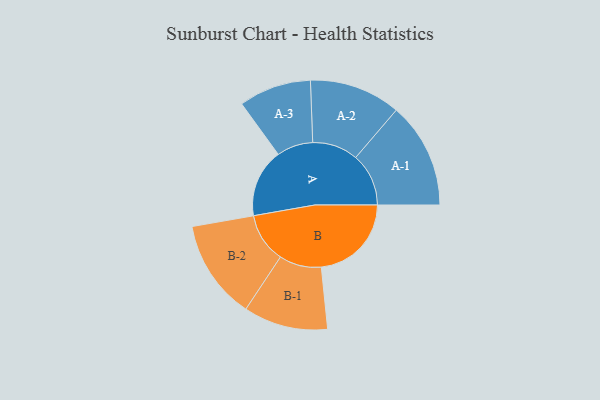
{"axis": {"x": "Segment", "y": "Value"}, "legend": ["", "A", "B"], "data": [{"x": "A", "y": 370, "type": ""}, {"x": "B", "y": 487, "type": ""}, {"x": "A-1", "y": 286, "type": "A"}, {"x": "A-2", "y": 247, "type": "A"}, {"x": "A-3", "y": 196, "type": "A"}, {"x": "B-1", "y": 228, "type": "B"}, {"x": "B-2", "y": 269, "type": "B"}]}